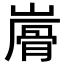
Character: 𩨮